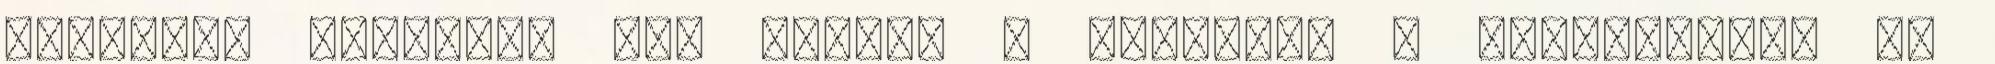
elevenen átérzik. Nem félnek a haláltól – ellentétben az